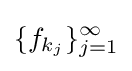
\{f_{k_{j}}\}_{j=1}^{\infty }